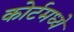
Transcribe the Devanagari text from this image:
कोर्टमध्ये